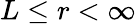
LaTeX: L\le r<\infty